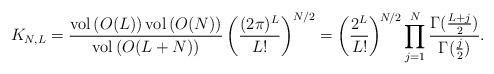
LaTeX: \begin{align*}K_{N,L}=\frac{\mathrm{vol}\left(O(L)\right)\mathrm{vol}\left(O(N)\right)}{\mathrm{vol}\left(O(L+N)\right)}\left(\frac{(2\pi)^L}{L!}\right)^{N/2}=\bigg(\frac{2^L}{L!}\bigg)^{\!N/2}\prod_{j=1}^N\frac{\Gamma(\frac{L+j}2)}{\Gamma(\frac j2)}.\end{align*}